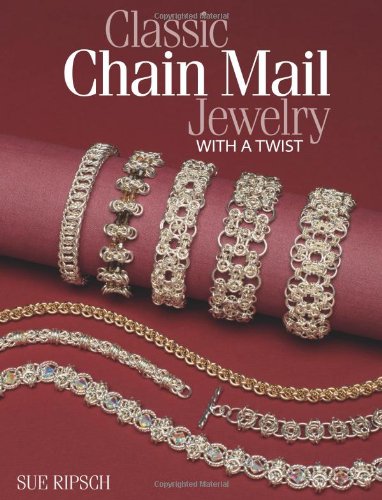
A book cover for Classic Chain Mail Jewelry with a Twist; Sue Ripsch; Crafts, Hobbies & Home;